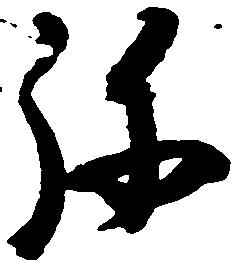
弥